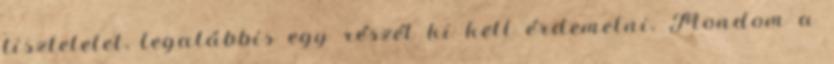
tiszteletet, legalábbis egy részét ki kell érdemelni. Mondom a